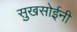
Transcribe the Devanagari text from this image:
सुखसोईनी